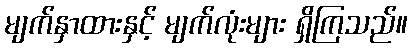
မျက်နှာထားနှင့် မျက်လုံးများ ရှိကြသည်။